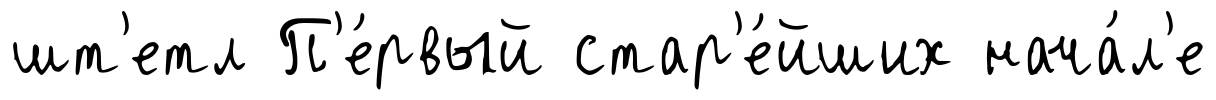
шт'етл П'е́рвый стар'е́йших нача́л'е